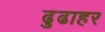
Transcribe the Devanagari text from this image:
ढुढाहर